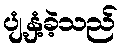
ပျံ့နှံ့ခဲ့သည်